Scottish Leaving Certificate Examination, 1953
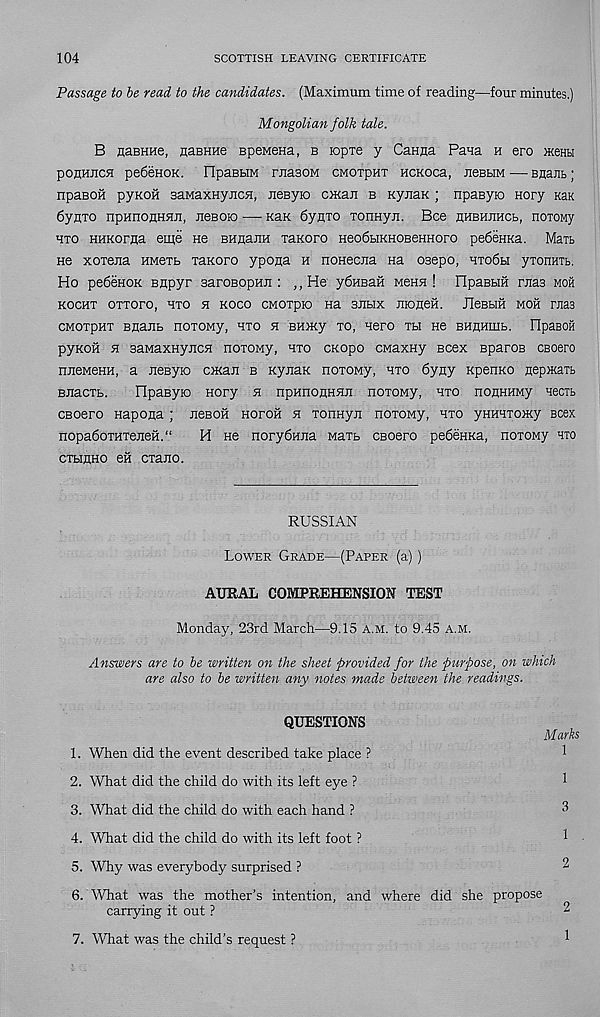
104
SCOTTISH LEAVING CERTIFICATE
Passage to be read to the candidates. (Maximum time of reading—four minutes.)
Mongolian folk tale.
B HaBHHe, naBHue BpeMena, b lopre y CaHiia Pana h ero Henbi
poEHECH pe6eHOK. FIpaBHM rnasoM cmotpht HCKOca, neBbiM — Bnant;
npaBOH pyKoii aaMaxHyncH, neByio ciKaE b KynaK; npasyio Hory KaK
6yHTo npunoHHHJi, EeBOio —• kek 6ynTO TonHyn. Bee ehbhehcb, noTOMy
hto KHKoraa eme He BHHanH xaKoro Heo6biKHOBeHHoro pedenKa. Mart
He xoreiia HMext xaKoro ypona h nonecna na osepo, hxo6bi yxonHTb.
Ho pedenoK BEpyr saroBopHE : ,,He ydnsaii MeHH ! FlpaBbiH rEas moh
kochx oxxoro, hxo h koco cMOxpio Ha sEbix Eioneii. JleBblH moh ms
CMOXpHX BHaEb HOXOMy, HXO H BHHiy TO, HeFO TH H6 BHHHIHb. OpaBOH
pyKoii h saMaxHyECE noxony, hto exopo cMaxny scex BparoB csoero
HEeMeHH, a neByio ciKan b KynaK noxoMy, hto 6yay KpenKO HepixaTb
BEacxb.
OpaByio Hory h npunoEHHE noxoMy, hto noaHHMy necTb
csoero Hapona ; ecboh Horoii h xoriHyn noxoMy, hto yHHHxoiKy Bcex
nopa6oxHTeEeH.“
H He norydHEa Maxb CBoero pedeHxa, noxoMy hto
cxbiEHO eft cxaEo.
RUSSIAN
Lower Grade—(Paper (a))
AURAL COMPREHENSION TEST
Monday, 23rd March—9.15 a.m. to 9.45 a.m.
Answers are to be written on the sheet provided for the purpose, on which
are also to be written any notes made betiveen the readings.
QUESTIONS
Marks
1. When did the event described take place ?
2. What did the child do with its left eye ?
3. What did the child do with each hand ?
4. What did the child do with its left foot ?
5. Why was everybody surprised ?
6. What was the mother’s intention, and where did she propose
carrying it out ?
7. What was the child’s request ?
1